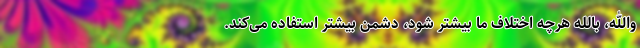
والله، بالله هرچه اختلاف ما بیشتر شود، دشمن بیشتر استفاده می‌کند.